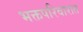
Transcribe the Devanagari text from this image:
भक्तपरिवारात